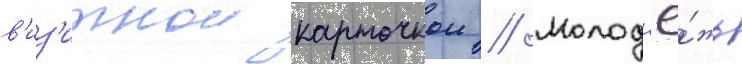
в'из'итнои карточкои // Молод'ё́жь